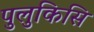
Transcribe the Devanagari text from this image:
पुलुकिसि